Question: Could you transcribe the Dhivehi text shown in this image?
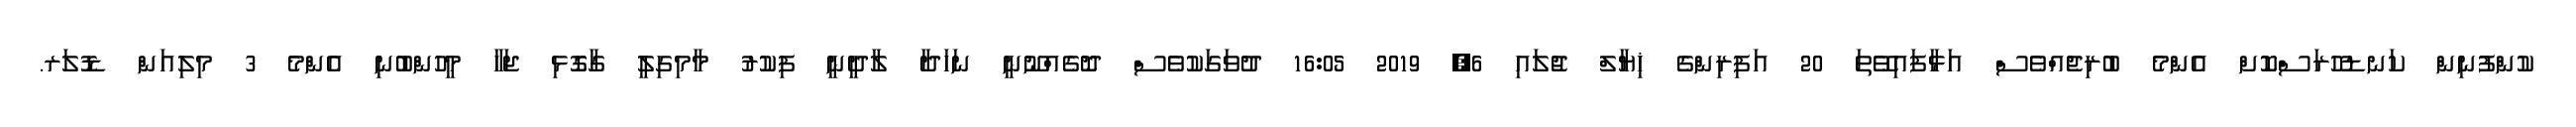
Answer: ކުންފުނިން ކަނޑުހުރަސްކޮށް އެންމެ ބުރިޖެއްވެސް އަޅާފައިވޭތަ 20 އަފިރިންގެ ޚިޔާލް ޖުލައި 6, 2019 16:05 ދުވަގަކުވެސް ދޮގެއްނޫނީ ނަހަދާ ލާދީނީ ފިކުރު މާމިގިލީ ގާގޮޅި ޖަހާ މީހުންބުނި އެންމެ 3 މިލިއަން ޑޮލަރ.